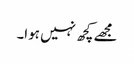
مجھے کچھ نہیں ہوا۔